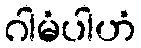
ဂါမံပါဟံ